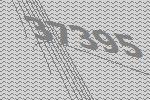
37395